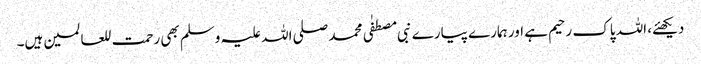
دیکھئے، اللہ پاک رحیم ہے اور ہمارے پیارے نبی مصطفٰی محمد صلی اللہ علیہ وسلم بھی رحمت للعالمین ہیں۔